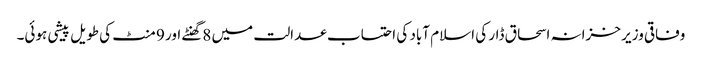
وفاقی وزیر خزانہ اسحاق ڈار کی اسلام آباد کی احتساب عدالت میں 8گھنٹے اور 9 منٹ کی طویل پیشی ہوئی۔